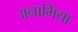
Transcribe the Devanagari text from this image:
अनामिया